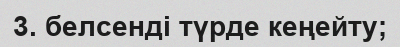
3. белсенді түрде кеңейту;